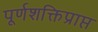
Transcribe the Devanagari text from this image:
पूर्णशक्तिप्राप्त